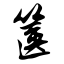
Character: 箧